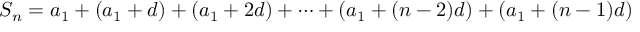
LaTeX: S _ { n } = a _ { 1 } + ( a _ { 1 } + d ) + ( a _ { 1 } + 2 d ) + \cdots + ( a _ { 1 } + ( n - 2 ) d ) + ( a _ { 1 } + ( n - 1 ) d )